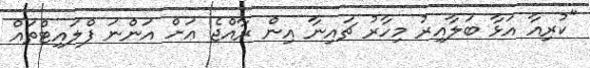
"ކުރިއާ އަޅާ ބަލާއިރު މިހާރު ޗައިނާ އިން ރާއްޖެ އަށް އަންނަ ފްލައިޓްތައް